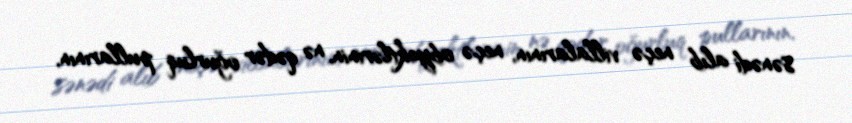
sənədi alıb neçə villalarının, neçə obyektlərinin, nə qədər oğurluq pullarının,